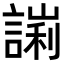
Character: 𧪙